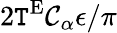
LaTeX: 2\mathtt{T}^{\textnormal{E}}\mathcal{{C}}_{\alpha}\epsilon/\pi